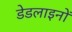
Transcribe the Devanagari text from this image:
डेडलाइनों